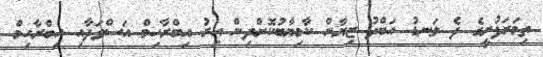
ތިމަރަފުށީގެ ދެ ލަނޑު އަބްދު ޒިޔާން ކާމިޔާބުކޮށްދިން އިރު އިބްރާހިމް އަސްވަދާއި އިބްރާހިމް